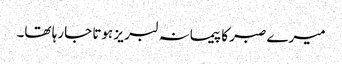
میرے صبر کا پیمانہ لبر یز ہوتا جارہا تھا۔